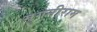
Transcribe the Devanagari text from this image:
मुगनीराम